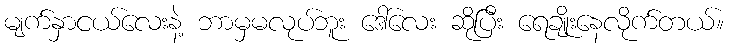
မျက်နှာငယ်လေးနဲ့ ဘာမှမလုပ်ဘူး ဒေါ်လေး ဆိုပြီး ရေချိုးနေလိုက်တယ်။